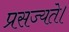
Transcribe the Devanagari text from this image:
प्रसज्यते।